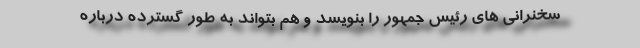
سخنرانی های رئیس جمهور را بنویسد و هم بتواند به طور گسترده درباره